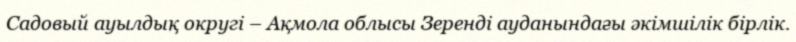
Садовый ауылдық округі – Ақмола облысы Зеренді ауданындағы әкімшілік бірлік.